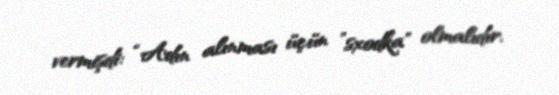
vermişdi: “Adın alınması üçün ”sxodka" olmalıdır.